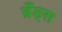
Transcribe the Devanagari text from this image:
ब्रँड्स